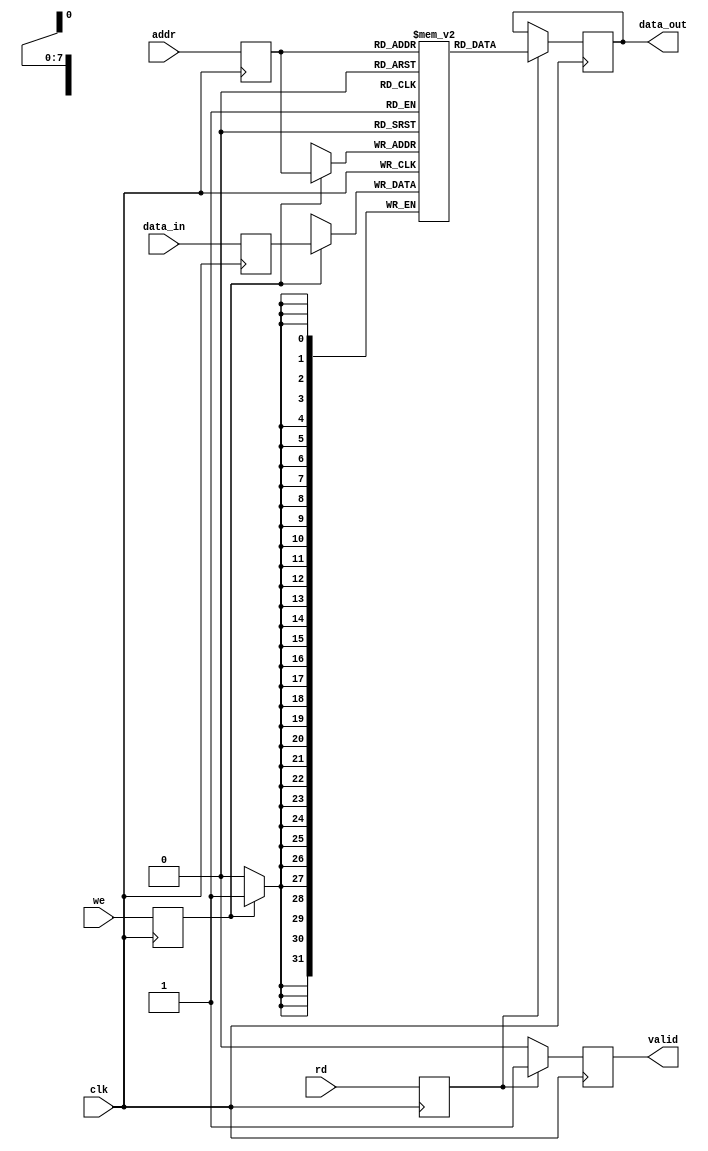
module IO_Blocks_Pipeline_RAM #(
    parameter DATA_WIDTH = 32,      // Width of each data word
    parameter ADDR_WIDTH = 8,       // Width of address bus
    parameter DEPTH = 1 << ADDR_WIDTH // Depth of memory (2^ADDR_WIDTH)
)(
    input wire clk,                  // Clock signal
    input wire [ADDR_WIDTH-1:0] addr, // Address input
    input wire [DATA_WIDTH-1:0] data_in, // Data input
    input wire we,                  // Write enable
    input wire rd,                  // Read enable
    output reg [DATA_WIDTH-1:0] data_out, // Data output
    output reg valid                // Valid signal for data_out
);

    // Memory array
    reg [DATA_WIDTH-1:0] memory [0:DEPTH-1];

    // Pipeline registers
    reg [ADDR_WIDTH-1:0] addr_reg;
    reg [DATA_WIDTH-1:0] data_reg;
    reg we_reg, rd_reg;

    // State machine for control logic
    always @(posedge clk) begin
        // Latch inputs into pipeline registers
        addr_reg <= addr;
        data_reg <= data_in;
        we_reg <= we;
        rd_reg <= rd;

        // Write operation
        if (we_reg) begin
            memory[addr_reg] <= data_reg;
        end
    end

    // Read operation
    always @(posedge clk) begin
        if (rd_reg) begin
            data_out <= memory[addr_reg];
            valid <= 1'b1; // Indicate valid data
        end else begin
            valid <= 1'b0; // No valid data if not reading
        end
    end

endmodule